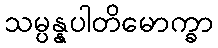
သမ္ပန္နပါတိမောက္ခာ